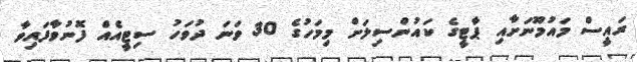
ރައީސް މައުމޫނަށާއި ޕާޓީގެ ކައުންސިލަށް މިމަހުގެ 30 ވަނަ ދުވަހު ސިޓީއެެއް ފޮނުވާފައިވާ